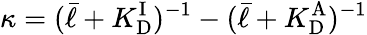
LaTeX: \kappa=(\bar{\ell}+{K_{\mathrm{D}}^{\mathrm{I}}})^{-1}-(\bar{\ell}+{K_{\mathrm{D}}^{\mathrm{A}}})^{-1}